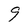
Character: 9